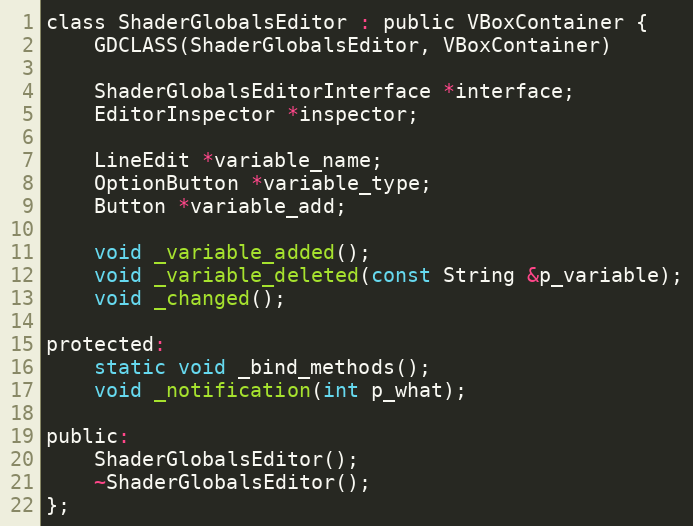
Language: C
class ShaderGlobalsEditor : public VBoxContainer {
	GDCLASS(ShaderGlobalsEditor, VBoxContainer)

	ShaderGlobalsEditorInterface *interface;
	EditorInspector *inspector;

	LineEdit *variable_name;
	OptionButton *variable_type;
	Button *variable_add;

	void _variable_added();
	void _variable_deleted(const String &p_variable);
	void _changed();

protected:
	static void _bind_methods();
	void _notification(int p_what);

public:
	ShaderGlobalsEditor();
	~ShaderGlobalsEditor();
};